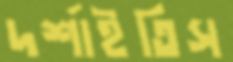
দর্শাইতিস